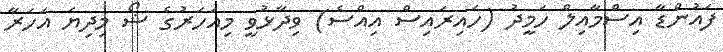
ފައުންޑާ އިސްމާއިލް ހަމީދު (ހައިރައިސް އިއްސެ) ވިދާޅުވީ މިއަހަރުގެ ޝޯ މިދިޔަ އަހަރާ